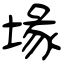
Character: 堟